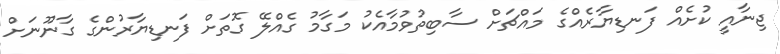
ޖިނާއީ ކުށެއް ފަނޑިޔާރެއްގެ މައްޗަށް ސާބިތުވުމާއެކު މަގާމު ގެއްލޭ ގޮތަށް ފަނޑިޔާރުންގެ ގާނޫނަށް